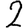
Digit: 2